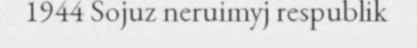
1944 Sojuz neruimyj respublik